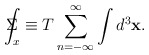
\begin{align*}\Sigma \!\!\!\!\!\!\int_x\equiv T\sum_{n=-\infty }^\infty \int d^3\mathbf{x.}\end{align*}